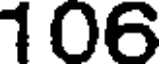
106